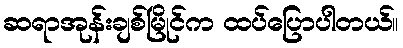
ဆရာအုန်းချစ်မြိုင်က ထပ်ပြောပါတယ်။